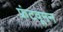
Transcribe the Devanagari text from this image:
फ्रंटवूमन